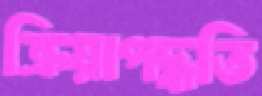
ক্রিয়াপদ্ধতি